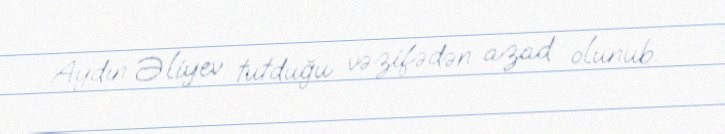
Aydın Əliyev tutduğu vəzifədən azad olunub.